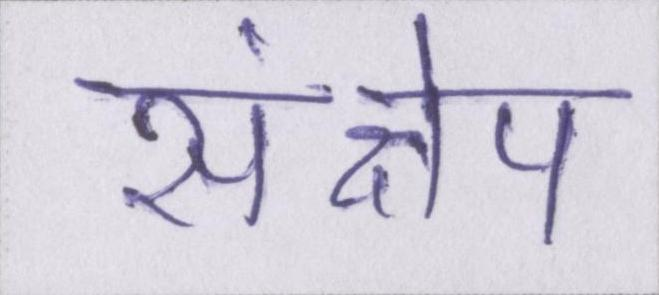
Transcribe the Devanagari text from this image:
संक्षेप